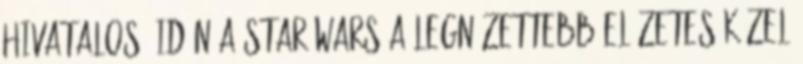
Hivatalos: idén a Star Wars a legnézettebb előzetes Közel